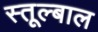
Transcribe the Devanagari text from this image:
स्तूल्बाल